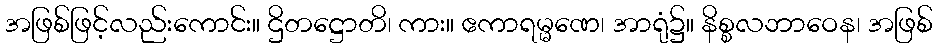
အဖြစ်ဖြင့်လည်းကောင်း။ ဌိတဋ္ဌောတိ၊ ကား။ ဧကာရမ္မဏေ၊ အာရုံ၌။ နိစ္စလဘာဝေန၊ အဖြစ်